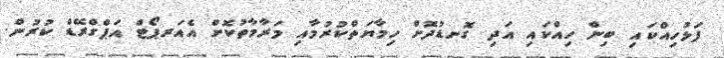
ފަޅުހިއްކައި ބިން ހިއްކައި އަދި ގޮނޑުދޮށް ހިމާޔަތްކުރުމާއި މަރާމާތުކޮށް އެއަރޕޯޓް އަޕްގްރޭޑް ކުރުން.